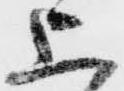
上